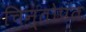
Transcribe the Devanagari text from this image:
चिन्तोपंत